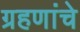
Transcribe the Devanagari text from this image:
ग्रहणांचे